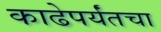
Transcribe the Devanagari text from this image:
काढेपर्यंतचा